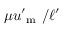
\mu u _ { \mathrm { ~ m ~ } } ^ { \prime } / \ell ^ { \prime }